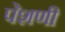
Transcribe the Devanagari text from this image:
पेशणी